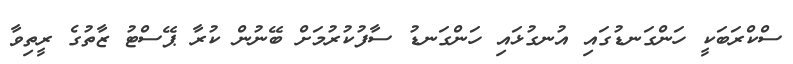
ސްކްރަބަކީ ހަންގަނޑުގައި އުނގުޅައި ހަންގަނޑު ސާފުކުރުމަށް ބޭނުން ކުރާ ޕޭސްޓު ޒާތުގެ ރީތިވާ